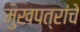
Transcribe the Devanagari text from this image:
मुखपत्रांचे